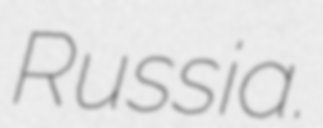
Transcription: Russia.